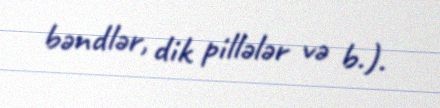
bəndlər, dik pillələr və b.).